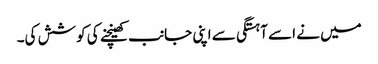
میں نے اسے آہستگی سے اپنی جانب کھینچنے کی کوشش کی۔